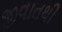
જીવાતથી